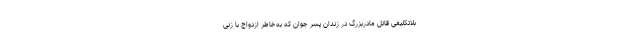
بلاتکلیفی قاتل مادربزرگ در زندان پسر جوان که به‌خاطر ازدواج با زنی